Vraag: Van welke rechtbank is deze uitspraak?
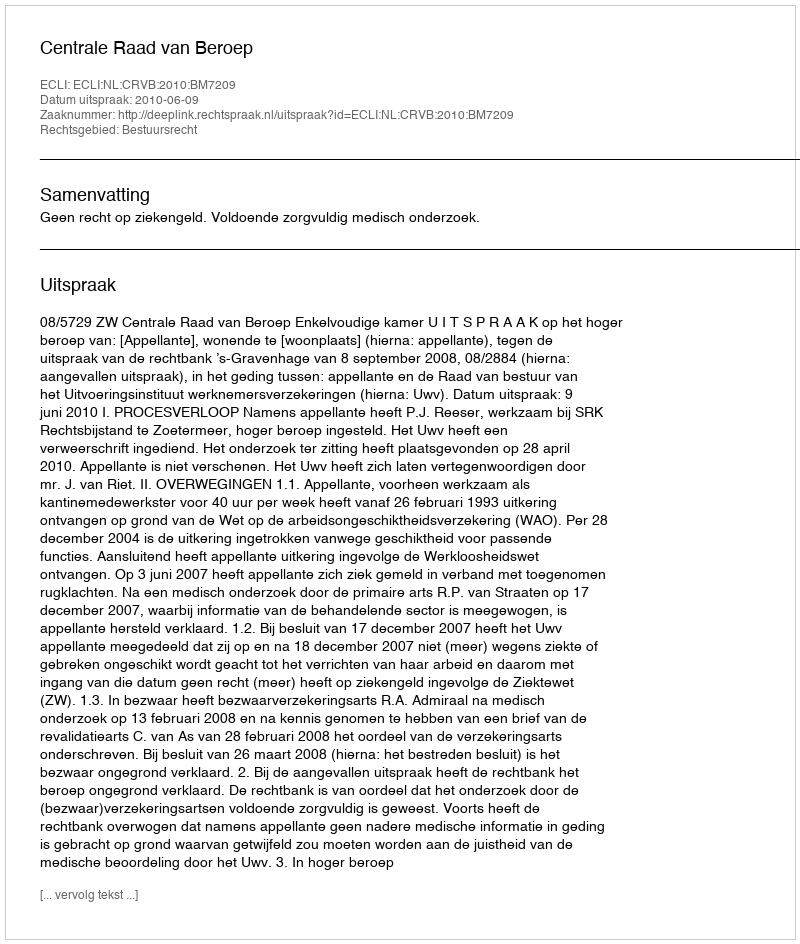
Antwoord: Centrale Raad van Beroep